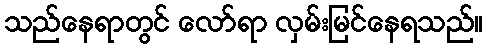
သည်နေရာတွင် လော်ရာ လှမ်းမြင်နေရသည်။